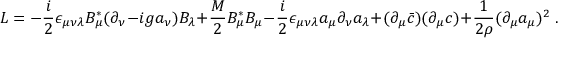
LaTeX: { \cal L } = - \frac { i } { 2 } \epsilon _ { \mu \nu \lambda } B _ { \mu } ^ { * } ( \partial _ { \nu } - i g a _ { \nu } ) B _ { \lambda } + \frac { M } { 2 } B _ { \mu } ^ { * } B _ { \mu } - \frac { i } { 2 } \epsilon _ { \mu \nu \lambda } a _ { \mu } \partial _ { \nu } a _ { \lambda } + ( \partial _ { \mu } \bar { c } ) ( \partial _ { \mu } c ) + \frac { 1 } { 2 \rho } ( \partial _ { \mu } a _ { \mu } ) ^ { 2 } \; .